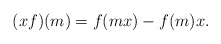
\begin{align*} (xf)(m)=f(mx)-f(m)x. \end{align*}